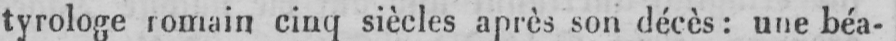
tyrologe romain cinq siècles après son décès: une béa-